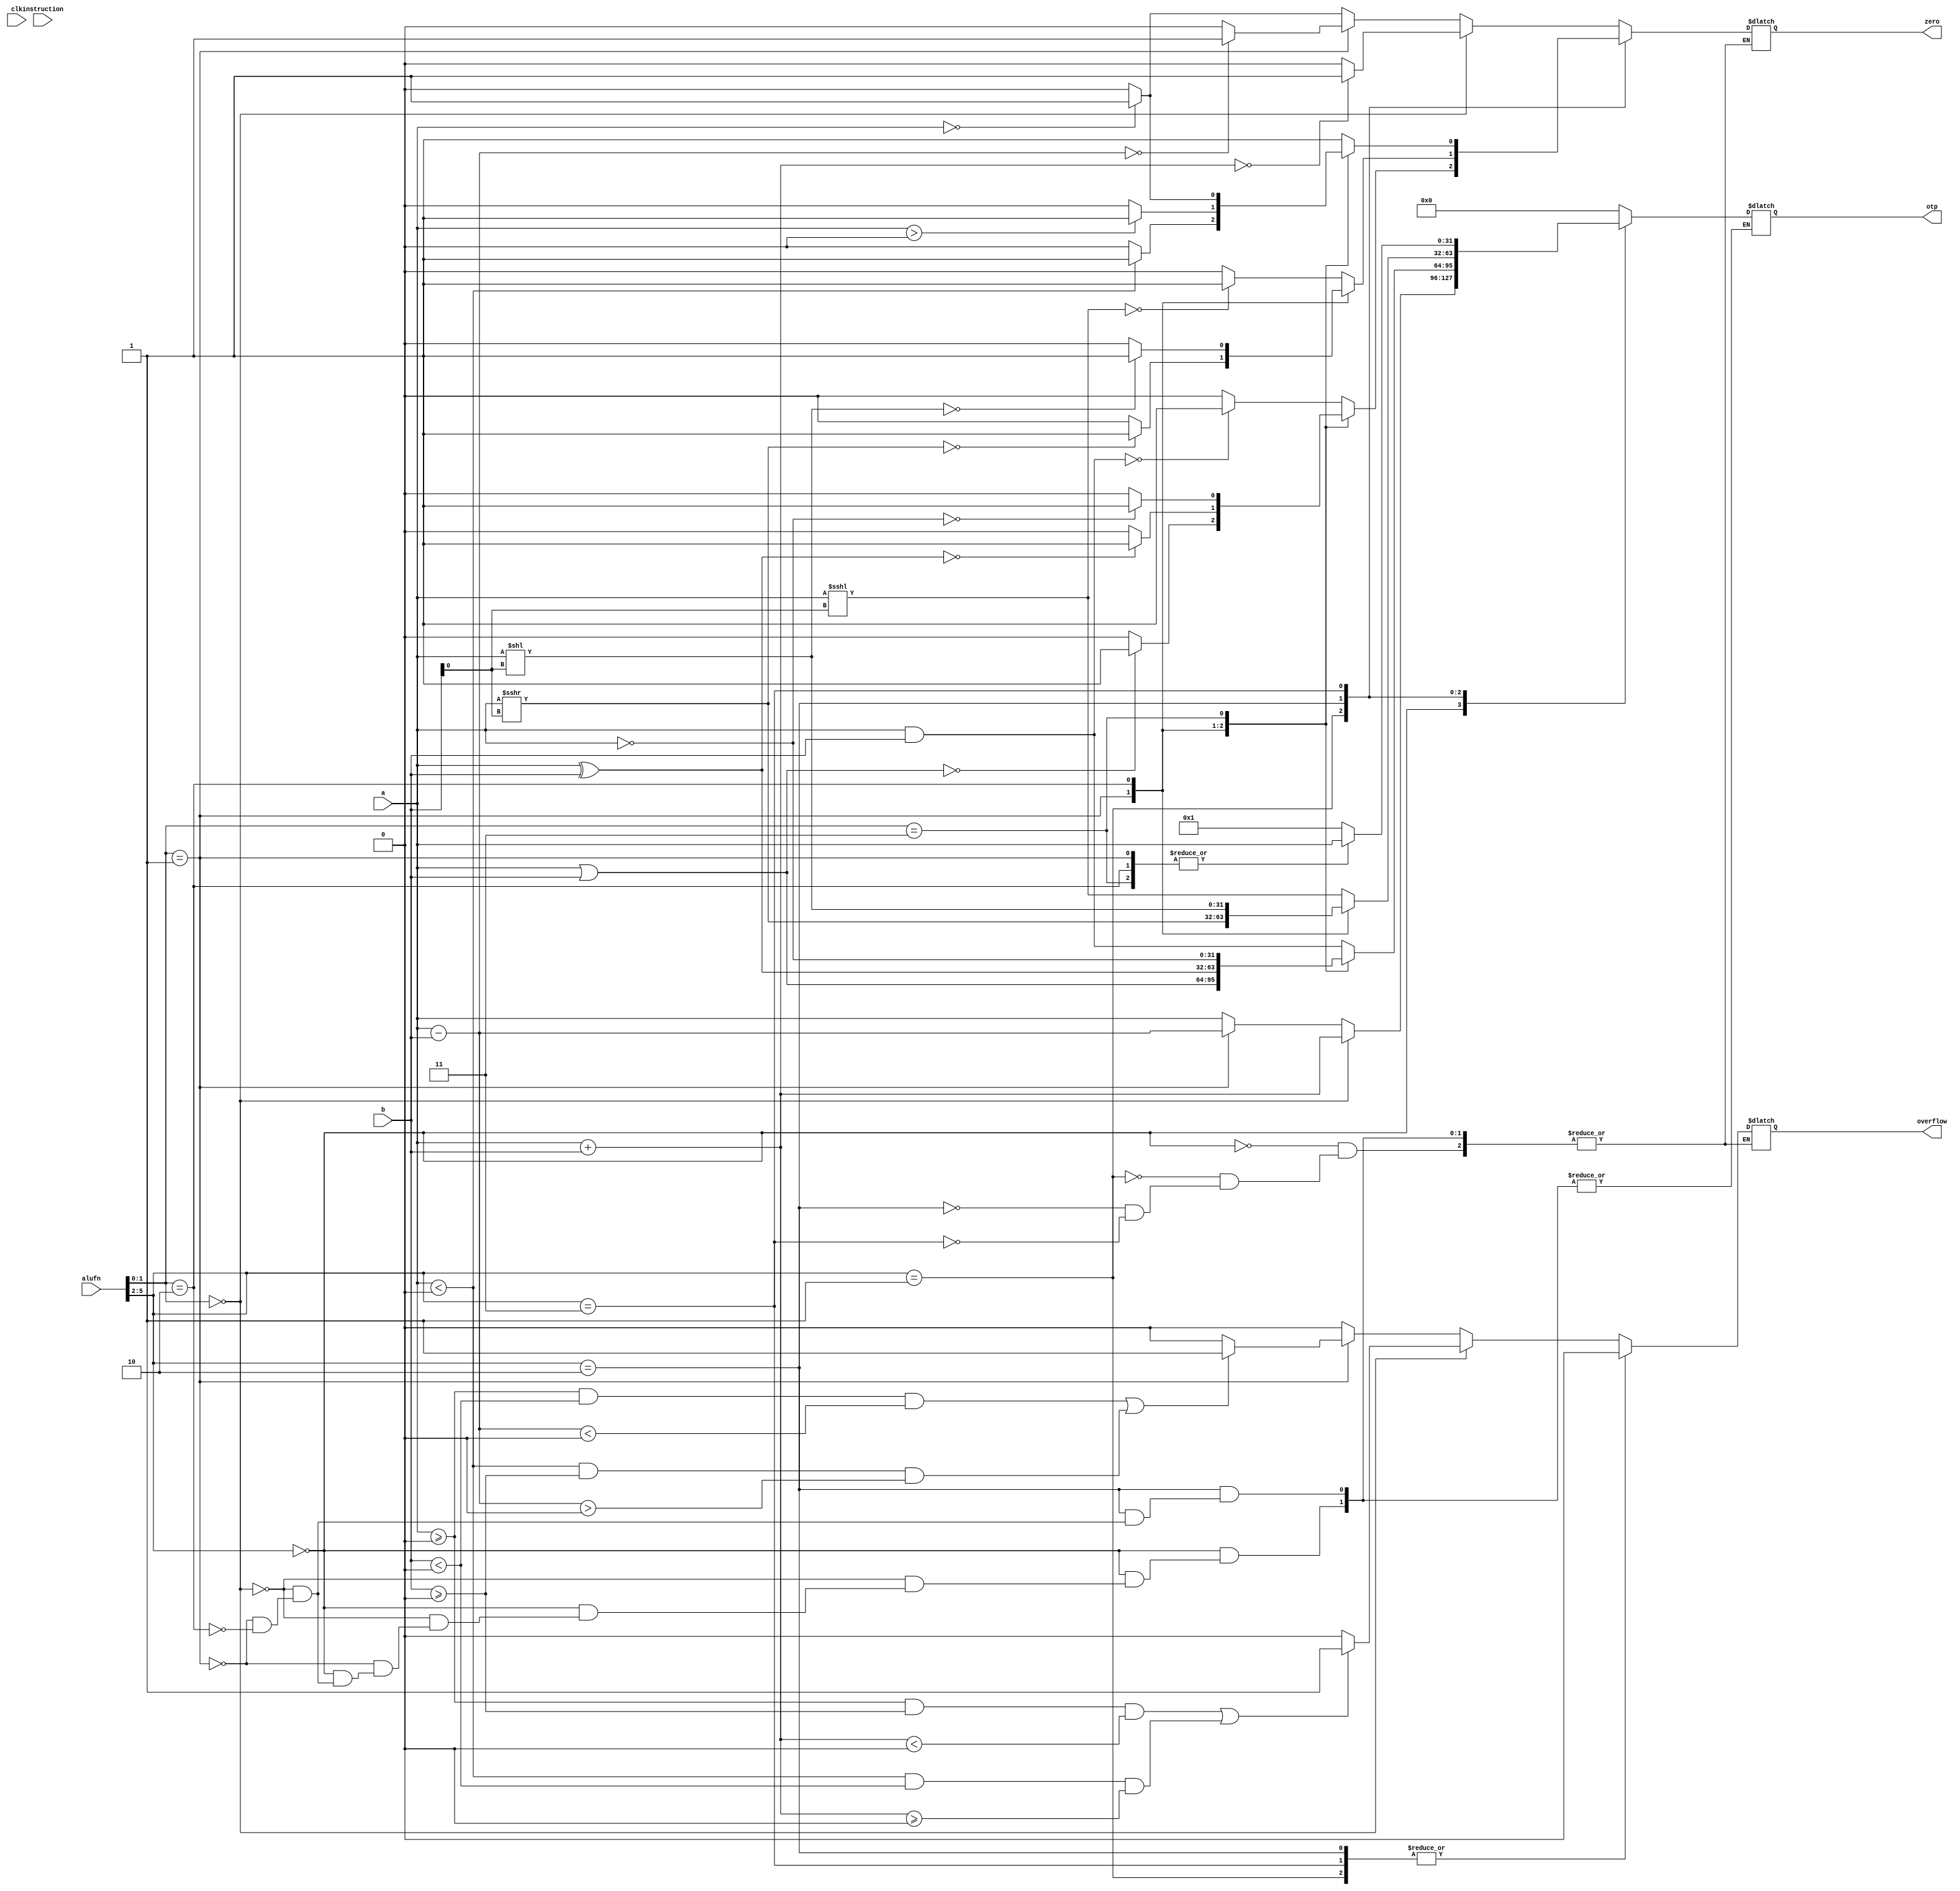
`timescale 1ns / 1ps

module ALU(clk,a, b, instruction,alufn, otp, zero, overflow);
    input wire clk;
    input wire [31:0] a;
    input wire [31:0] b;
    input wire [31:0] instruction;
    input wire [5:0] alufn; // choosing 6 bit op code
    output reg [31:0] otp;
    output reg zero; // set if the output of the alu is 0
    output reg overflow;
    wire [31:0] tempAuRes;
    wire [31:0] tempLuRes;
    wire [31:0] tempSuRes;
    wire tempAuZero,tempAuOverflow;
    wire tempLuZero,tempLuOverflow;
    wire tempSuZero,tempSuOverflow;
    
    always @(a or b or alufn or instruction)
    begin
        // $display("a%h - b%h",a,b);
        // $display("tempAuRes- %h",tempAuRes);
        casex(alufn)
            6'b0000xx: begin
        if(alufn[1:0] == 2'b00)
            begin //ADD
                otp = a + b;
                zero = (otp==0)?1:0;
                if ((a >= 0 && b >= 0 && otp < 0) || (a < 0 && b < 0 && otp >= 0))
                    overflow = 1;
                else
                    overflow = 0;
                // $display("a%h - b%h - otp %h",a,b,otp);
            end
        else if(alufn[1:0] == 2'b01) //SUB
            begin
                otp = a-b;
                zero = (otp==0)?1:0;
                if ((a >= 0 && b < 0 && otp < 0) || (a < 0 && b >= 0 && otp > 0))
                    overflow = 1;
                else
                    overflow = 0;
            end
        else if (alufn[1:0] == 2'b10) //PASS
            begin
                otp = a;
                zero = (otp==0)?1:0;
                overflow = 0;
            end
    end
        6'b0001xx: begin
        case (alufn[1:0])
        2'b00: //AND
            begin
                otp = a & b;
                overflow = 0;
                zero = (otp==0)?1:0;
            end
        2'b01: //OR
            begin
                otp = a | b;
                overflow = 0;
                zero = (otp==0)?1:0;
            end
        2'b10:  //XOR
                begin
                    otp = a ^ b;
                    overflow = 0;
                    zero = (otp==0)?1:0;
                end
        2'b11: //NOT
                begin
                    otp = ~a;
                    overflow = 0;
                    zero = (otp==0)?1:0;
                end
        endcase
    end
        6'b0010xx: begin
        case(alufn[1:0])
        2'b00: //SLA
            begin
                otp = a <<< b[0];
                zero = (otp == 0)?1:0;
                overflow = 0;
            end
        2'b01: //SRA
            begin
                otp = a >>> b[0];
                zero = (otp == 0)?1:0;
                overflow = 0;
            end
        2'b10: //SRL
            begin
                otp = a << b[0];
                zero = (otp == 0)?1:0;
                overflow = 0;
            end
        endcase
    end
        6'b0011xx: begin
        case(alufn[1:0])
        2'b00: //Zero = 1:: BZ
            begin
                otp = 1;
                zero = 1;
                overflow = 0;
            end
        2'b01: // a < 0
            begin
                otp = a;
                zero = (otp < 0)?1:0;
                overflow = 0;
            end
        2'b10: //a > 0
            begin
                otp = a ;
                zero = (otp > 0)?1:0;
                overflow = 0;
            end
        2'b11: //a = 0
            begin
                otp = a ;
                zero = (otp == 0)?1:0;
                overflow = 0;
            end
        endcase
    end
        default:
            begin 
                otp = {32{1'b0}};
            end
        endcase
        $display("ALU :: a%h (alufn%b) b%h = otp %h ",a,alufn,b,otp);
    end

endmodule

// module ArithmeticUnit(a,b,alufn,otp,zero,overflow);
//     input wire [31:0] a;
//     input wire [31:0] b;
//     input wire [1:0] alufn; // choosing 6 bit op code
//     output reg [31:0] otp;
//     output reg zero; // set if the output of the alu is 0
//     output reg overflow;
    
//     always @(alufn or a or b)
//     begin
//         $display("a%h - b%h - otp %h alufn %b",a,b,otp,alufn);
//         if(alufn == 2'b00)
//             begin //ADD
//                 otp = a + b;
//                 zero = (otp==0)?1:0;
//                 if ((a >= 0 && b >= 0 && otp < 0) || (a < 0 && b < 0 && otp >= 0))
//                     overflow = 1;
//                 else
//                     overflow = 0;
//                 $display("a%h - b%h - otp %h",a,b,otp);
//             end
//         else if(alufn == 2'b01) //SUB
//             begin
//                 otp = a-b;
//                 zero = (otp==0)?1:0;
//                 if ((a >= 0 && b < 0 && otp < 0) || (a < 0 && b >= 0 && otp > 0))
//                     overflow = 1;
//                 else
//                     overflow = 0;
//             end
//         else if (alufn == 2'b10) //MUL
//             begin
//                 otp = a*b;
//                 zero = (otp==0)?1:0;
//                 overflow = 0;
//             end
//     end
// endmodule

// module LogicalUnit(a,b,otp,alufn,zero,overflow);
//     input wire [31:0] a;
//     input wire [31:0] b;
//     input wire [1:0] alufn;
//     output reg zero;
//     output reg overflow;
//     output reg [31:0] otp;
    
//     always @(a,b,alufn)
//     begin
//         case (alufn)
//         2'b00: //AND
//             begin
//                 otp = a & b;
//                 overflow = 0;
//                 zero = (otp==0)?1:0;
//             end
//         2'b01: //OR
//             begin
//                 otp = a | b;
//                 overflow = 0;
//                 zero = (otp==0)?1:0;
//             end
//         2'b10:  //XOR
//                 begin
//                     otp = a ^ b;
//                     overflow = 0;
//                     zero = (otp==0)?1:0;
//                 end
//         endcase
//     end
// endmodule

// module ShiftUnit(a,b,otp,alufn,zero,overflow);
//     input wire [31:0] a;
//     input wire [31:0] b;
//     input wire [1:0] alufn;
//     output reg zero;
//     output reg overflow;
//     output reg [31:0] otp;
    
//     always @(a,b,alufn)
//     begin
//         case(alufn)
//         2'b00: //SHIFTLEFT
//             begin
//                 otp = a<<b;
//                 zero = (otp == 0)?1:0;
//                 overflow = 0;
//             end
//         2'b01: //shiftright
//             begin
//                 otp = a>>b;
//                 zero = (otp == 0)?1:0;
//                 overflow = 0;
//             end
//         2'b11: //slt
//             begin
//                 otp = (a<b)? 1:0;
//                 zero = (otp == 0)?1:0;
//                 overflow = 0;
//             end
//         endcase
//     end
// endmodule